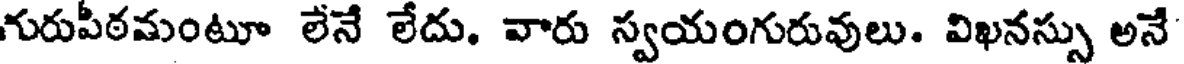
గురుపీఠమంటూ లేనే లేదు. వారు స్వయంగురువులు. విఖనస్సు అనే